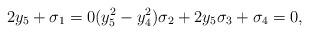
LaTeX: \begin{align*} 2 y_5 + \sigma_1 = 0 ( y_5^2 - y_4^2 ) \sigma_2 + 2 y_5 \sigma_3 + \sigma_4 = 0,\end{align*}